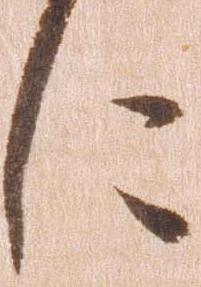
に